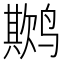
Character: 𬸨